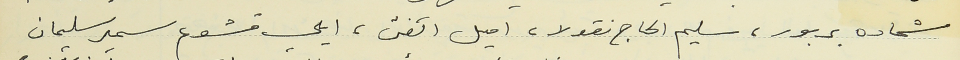
شحاده بربور، سليم الحاج نقولا، اميل الفتى، ايلي قشوع سمير سليمان